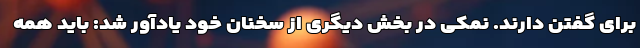
برای گفتن دارند. نمکی در بخش دیگری از سخنان خود یادآور شد: باید همه